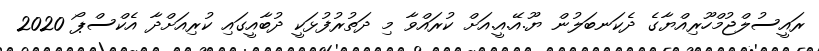
ރައީސުލްޖުމްހޫރިއްޔާގެ ދެކަނބަލުން ޔޫ.އޭ.އީ.އަށް ކުރައްވާ މި ދަތުރުފުޅަކީ ދުބާއީގައި ކުރިއަށްދާ އެކްސްޕޯ 2020